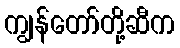
ကျွန်တော်တို့ဆီက